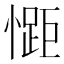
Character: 𭞯